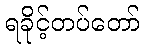
ရခိုင့်တပ်တော်